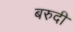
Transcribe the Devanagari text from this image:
बरुदी